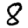
Digit: 8